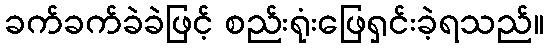
ခက်ခက်ခဲခဲဖြင့် စည်းရုံးဖြေရှင်းခဲ့ရသည်။